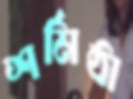
শর্মিষ্ঠা